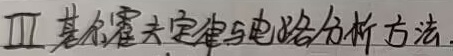
Ⅲ 基尔霍夫定律与电路分析方法